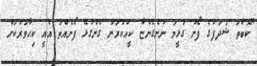
"ކޮބާތަ ޝަދަފުގެ ފޯނު ގުޅީމަ ނުނެގެންޏާ ކީއްކުރަން ގެންގުޅޭ ފޯނެއްތަ އެއީ ކިހާވަރަކަށް